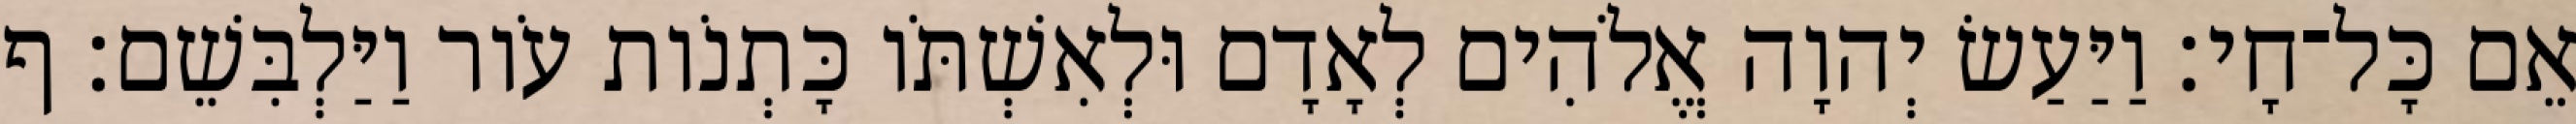
אֵם כָּל־חָי׃ וַיַּעַשׂ יְהוָה אֱלֹהִים לְאָדָם וּלְאִשְׁתֹּו כָּתְנֹות עֹור וַיַּלְבִּשֵׁם׃ ף